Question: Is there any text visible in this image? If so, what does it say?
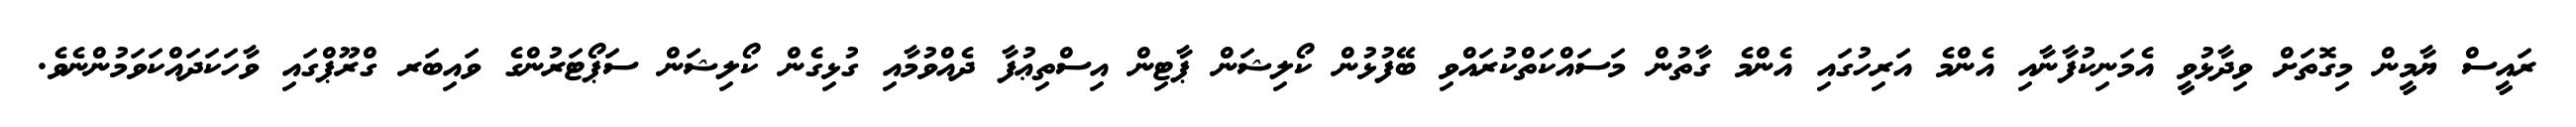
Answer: ރައީސް ޔާމީން މިގޮތަށް ވިދާޅުވީ އެމަނިކުފާނާއި އެންމެ އަރިހުގައި އެންމެ ގާތުން މަސައްކަތްކުރައްވި ބޭފުޅުން ކޯލިޝަން ޕާޓިން އިސްތިޢުފާ ދެއްވުމާއި ގުޅިގެން ކޯލިޝަން ސަޕޯޓަރުންގެ ވައިބަރ ގްރޫޕްގައި ވާހަކަދައްކަވަމުންނެވެ.